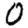
Digit: 0